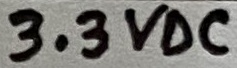
Text: 3.3VDC